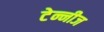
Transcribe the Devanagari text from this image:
टेन्नीज